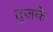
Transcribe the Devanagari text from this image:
तुजके